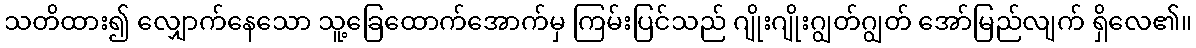
သတိထား၍ လျှောက်နေသော သူ့ခြေထောက်အောက်မှ ကြမ်းပြင်သည် ဂျိုးဂျိုးဂျွတ်ဂျွတ် အော်မြည်လျက် ရှိလေ၏။